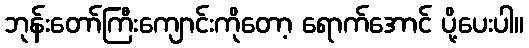
ဘုန်းတော်ကြီးကျောင်းကိုတော့ ရောက်အောင် ပို့ပေးပါ။